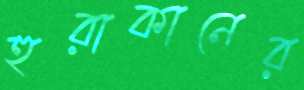
হুরাকানের